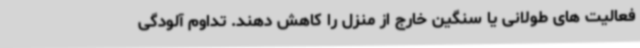
فعالیت های طولانی یا سنگین خارج از منزل را کاهش دهند. تداوم آلودگی